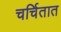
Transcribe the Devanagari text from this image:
चर्चितात